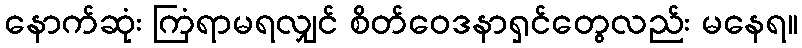
နောက်ဆုံး ကြံရာမရလျှင် စိတ်ဝေဒနာရှင်တွေလည်း မနေရ။